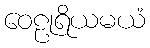
ဝေဠုရိယမယံ